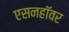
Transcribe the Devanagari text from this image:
एसनहॉवर